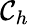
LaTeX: \mathcal{C}_{h}